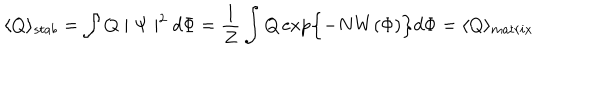
\langle Q \rangle _ { s t a b } = \int Q \mid \Psi \mid ^ { 2 } d \Phi = \frac { 1 } { Z } \int Q \exp \Bigl \{ - N W ( \Phi ) \Bigr \} d \Phi = \langle Q \rangle _ { m a t r i x }